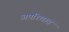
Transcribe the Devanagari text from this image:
अपरिच्छन्न